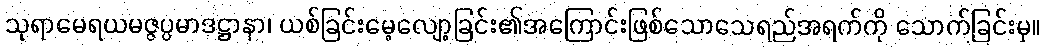
သုရာမေရယမဇ္ဇပ္ပမာဒဋ္ဌာနာ၊ ယစ်ခြင်းမေ့လျော့ခြင်း၏အကြောင်းဖြစ်သောသေရည်အရက်ကို သောက်ခြင်းမှ။